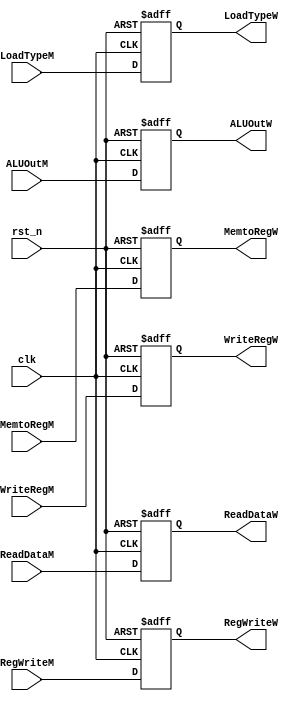
`timescale 1ns / 1ps
//////////////////////////////////////////////////////////////////////////////////
// Company: 
// Engineer: 
// 
// Design Name: 
// Module Name:    MEM_WB 
// Project Name: 
// Target Devices: 
// Tool versions: 
// Description: 
//
// Dependencies: 
//
// Revision: 
// Revision 0.01 - File Created
// Additional Comments: 
//
//////////////////////////////////////////////////////////////////////////////////
module MEM_WB(
	input clk,
	input rst_n,

	input RegWriteM,
	output reg RegWriteW,
	input MemtoRegM,
	output reg MemtoRegW,
	input [31:0]ReadDataM,
	output reg [31:0]ReadDataW,
	input [31:0]ALUOutM,
	output reg [31:0]ALUOutW,
	input [4:0]WriteRegM,
	output reg [4:0]WriteRegW,
	input [2:0]LoadTypeM,
	output reg [2:0]LoadTypeW
    );
	
	always @(posedge clk or negedge rst_n) begin
		if (~rst_n) begin
			RegWriteW<=0;
			MemtoRegW<=0;
			ReadDataW<=0;
			ALUOutW<=0;
			WriteRegW<=0;
			LoadTypeW<=0;
		end
		else begin
			RegWriteW<=RegWriteM;
			MemtoRegW<=MemtoRegM;
			ReadDataW<=ReadDataM;
			ALUOutW<=ALUOutM;
			WriteRegW<=WriteRegM;
			LoadTypeW<=LoadTypeM;
		end
	end	

endmodule